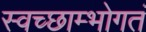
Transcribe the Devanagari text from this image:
स्वच्छाम्भोगतं